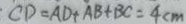
C D = A D + A B + B C = 4 c m